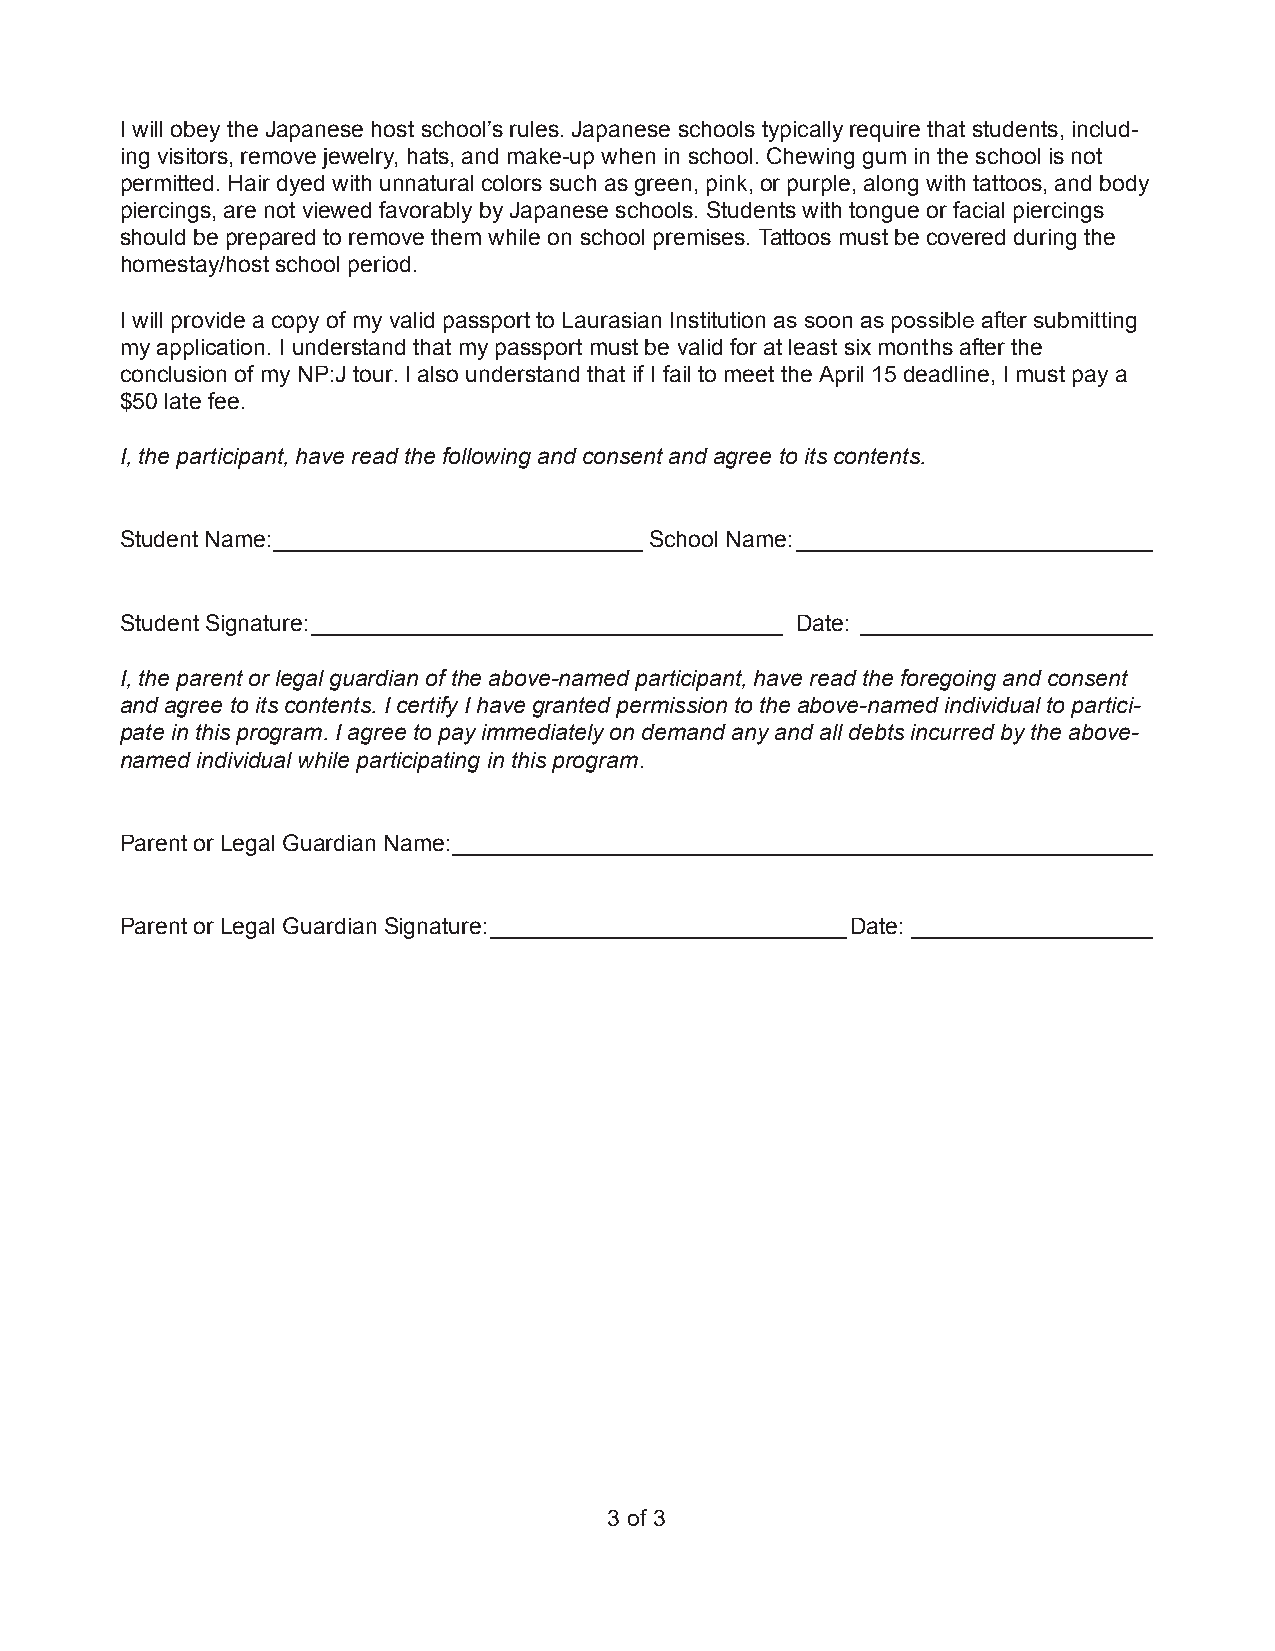
I will obey the Japanese host school’s rules. Japanese schools typically require that students, includ-
 ing visitors, remove jewelry, hats, and make-up when in school. Chewing gum in the school is not
 permitted. Hair dyed with unnatural colors such as green, pink, or purple, along with tattoos, and body
 piercings, are not viewed favorably by Japanese schools. Students with tongue or facial piercings
 should be prepared to remove them while on school premises. Tattoos must be covered during the
 homestay/host school period.
 I will provide a copy of my valid passport to Laurasian Institution as soon as possible after submitting
 my application. I understand that my passport must be valid for at least six months after the
 conclusion of my NP:J tour. I also understand that if I fail to meet the April 15 deadline, I must pay a
 $50 late fee.
 I, the participant, have read the following and consent and agree to its contents.
 Student Name: _____________________________ School Name: ____________________________
 Student Signature: _____________________________________ Date: _______________________
 I, the parent or legal guardian of the above-named participant, have read the foregoing and consent
 and agree to its contents. I certify I have granted permission to the above-named individual to partici-
 pate in this program. I agree to pay immediately on demand any and all debts incurred by the above-
 named individual while participating in this program.
 Parent or Legal Guardian Name: _______________________________________________________
 Parent or Legal Guardian Signature: ____________________________ Date: ___________________
 3 of 3